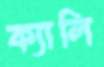
ক্যালি